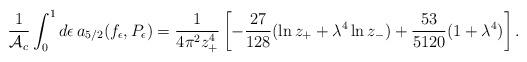
LaTeX: \begin{align*}{1 \over {\cal A}_c}\int_0^1 d\epsilon\, a_{5/2}(f_\epsilon,P_\epsilon)=\frac{1}{4 \pi^2 z_{+}^{4}}\left[-\frac{27}{128}(\ln z_{+}+\lambda^4 \ln z_{-}) +\frac{53}{5120}(1+\lambda^4)\right]. \end{align*}